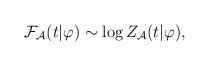
LaTeX: \begin{align*}{\cal F}_{\cal A}(t|\varphi) \sim \log Z_{\cal A}(t|\varphi),\end{align*}